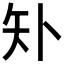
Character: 𰦓